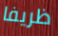
ظريفا